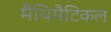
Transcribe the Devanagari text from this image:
मैथिमैटिकल